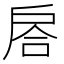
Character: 𢩅